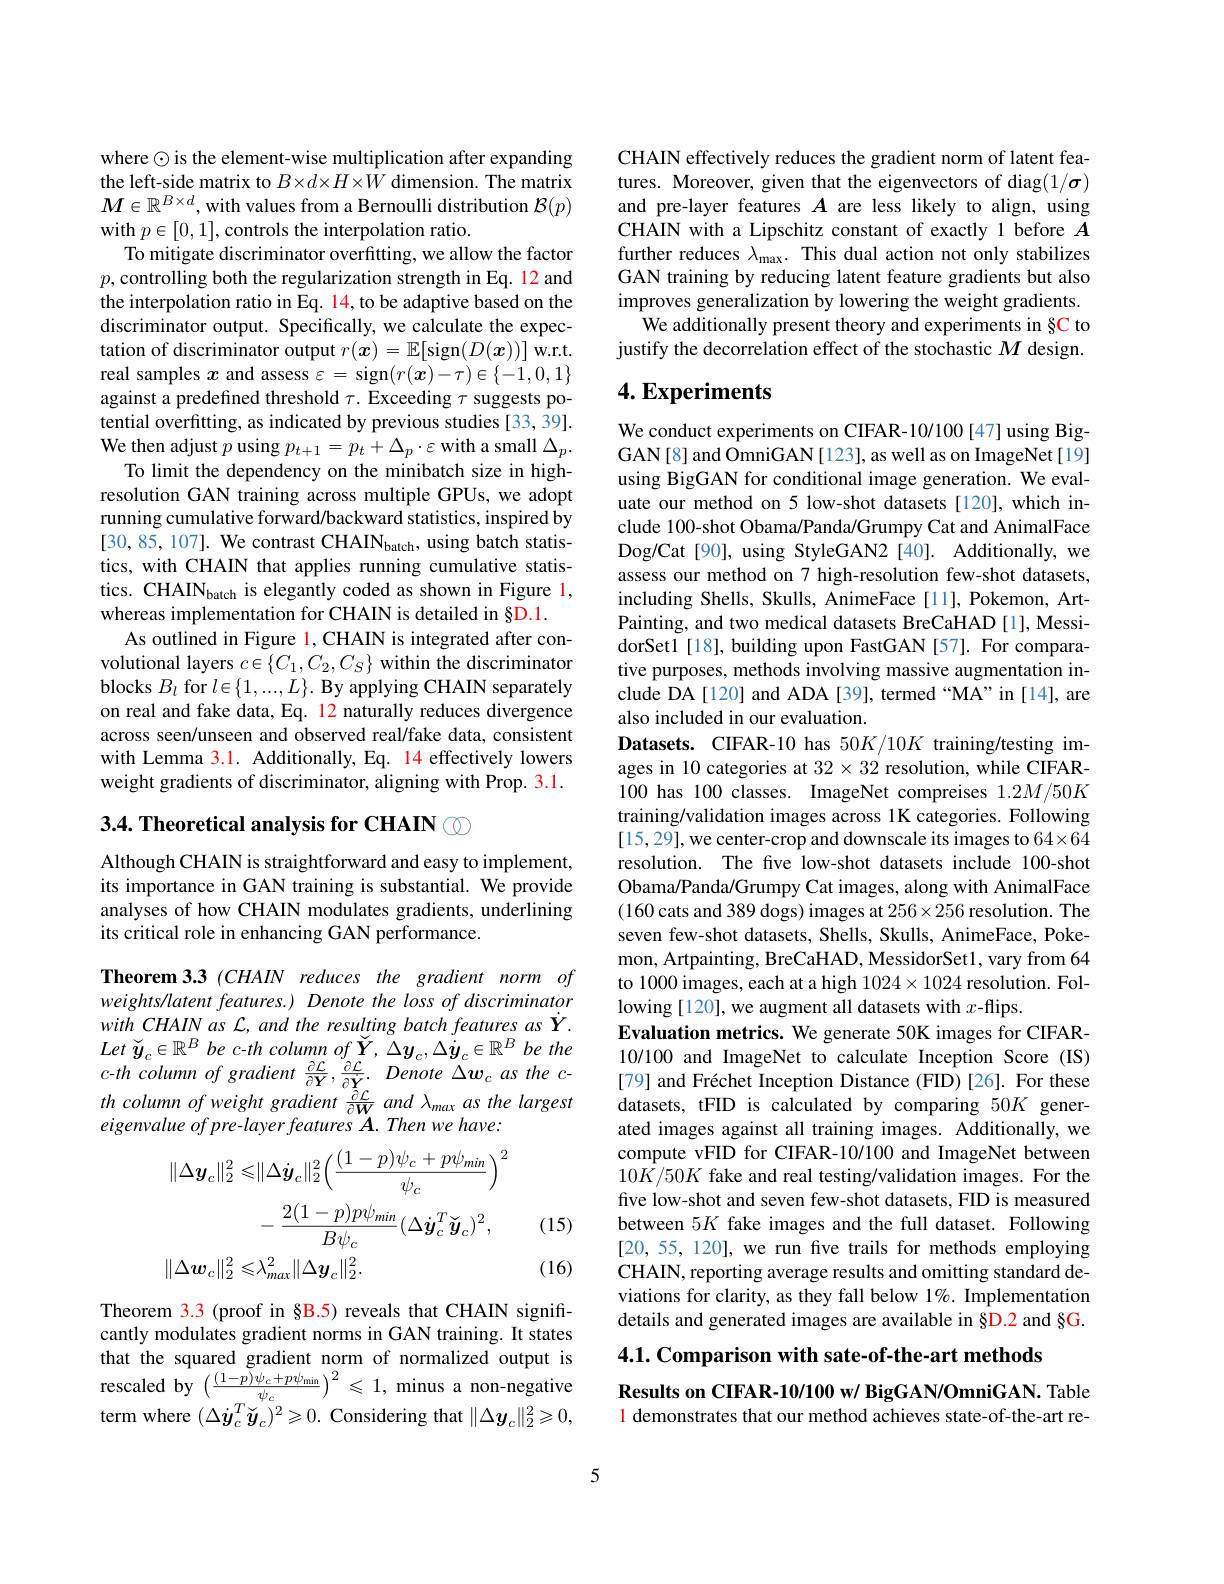
where $\odot$ is the element-wise multiplication after expanding the left-side matrix to $B\times d\times H\times W$ dimension. The matrix $M\in\mathbb{R}^{B\times d}$,with values from a Bernoulli distribution $\mathcal{B}(p)$ with $p\in[0,1]$,controls the interpolation ratio.
To mitigate discriminator overfitting, we allow the factor $p$,controlling both the regularization strength in Eq. 12 and the interpolation ratio in Eq. 14, to be adaptive based on the discriminator output. Specifically, we calculate the expectation of discriminator output $r(\boldsymbol{x})=\mathbb{E}[$sign$(D(\boldsymbol{x}))]$w.r.t. real samples $x$ and assess $\varepsilon=$ sign$(r(\boldsymbol{x})-\tau)\in\{-1,0,1\}$ against a predefined threshold $\tau.$ Exceeding $\tau$ suggests potential overfitting, as indicated by previous studies [33, 39]. We then adjust $p$ using $p_t+1=p_t+\Delta_p\cdot\varepsilon$ with a small $\Delta_p.$
To limit the dependency on the minibatch size in highresolution GAN training across multiple GPUs, we adopt running cumulative forward/backward statistics, inspired by [30,85,107]. We contrast CHAIN$_\text{batch}$, using batch statistics, with CHAIN that applies running cumulative statistics. CHAIN$_\mathrm{batch}$ is elegantly coded as shown in Figure 1, whereas implementation for CHAIN is detailed in §D.1.
As outlined in Figure 1, CHAIN is integrated after convolutional layers $c\in\{C_1,C_2,C_S\}$ within the discriminator blocks $B_l$ for $l\in \{ 1, . . . , L\} . \textbf{ By applying CHAIN separately}$ on real and fake data, Eq. 12 naturally reduces divergence across seen/unseen and observed real/fake data, consistent with Lemma 3.1. Additionally, Eq. 14 effectively lowers weight gradients of discriminator, aligning with Prop. 3.1.

# 3.4. Theoretical analysis for CHAIN $\textcircled{\mathrm{o}}$

Although CHAIN is straightforward and easy to implement, its importance in GAN training is substantial. We provide analyses of how CHAIN modulates gradients, underlining its critical role in enhancing GAN performance.

Theorem 3.3 (CHAIN reduces the gradient norm of

weightsllatent features.) Denote the loss of discriminator $withCHAINas\mathcal{L},and$ the resulting batch features as $\dot{Y}.$ Let $\check{y} _{c}\in \mathbb{R} ^{B}$ $be$ $c- th$ column $of$ $\check{\boldsymbol{Y}} $, $\Delta y_{c}, \Delta \dot{\boldsymbol{y}} _{c}\in \mathbb{R} ^{B}$ $be$ the $c-th$ column of gradient $\frac {\partial \mathcal{L} }{\partial \boldsymbol{Y}}, \frac {\partial \mathcal{L} }{\partial \vec{\boldsymbol{Y}} }.$ Denote $\Delta\boldsymbol w_c$ as the cthcolumnofweight gradient $\frac {\partial \mathcal{L} }{\partial \mathbf{W} }$ and $\lambda _{max}$ $as$ the largesteigenvalue $of$ $pre- layer$ features $A.$ Then $we$ $have:$
$$\begin{aligned}\|\Delta\boldsymbol{y}_{c}\|_{2}^{2}\leqslant&\|\Delta\dot{\boldsymbol{y}}_{c}\|_{2}^{2}\Big(\frac{(1-p)\psi_{c}+p\psi_{min}}{\psi_{c}}\Big)^{2}\\&-\frac{2(1-p)p\psi_{min}}{B\psi_{c}}(\Delta\dot{\boldsymbol{y}}_{c}^{T}\breve{\boldsymbol{y}}_{c})^{2},\\\|\Delta\boldsymbol{w}_{c}\|_{2}^{2}\leqslant&\lambda_{max}^{2}\|\Delta\boldsymbol{y}_{c}\|_{2}^{2}.\end{aligned}$$
(15) (16)

Theorem 3.3 (proof in §B.5) reveals that CHAIN significantly modulates gradient norms in GAN training. It states that the squared gradient norm of normalized output is rescaled by $\left(\frac{(1-p)\psi_{c}+p\psi_{\mathrm{min}}}{\psi_{c}}\right)^{2}\leqslant1$, minus a non-negative term where $(\Delta\dot{y}_{c}^{T}\widetilde{\boldsymbol{y}}_{c})^{2}\geqslant0.$ Considering that $\|\Delta\boldsymbol y_{c}\|_{2}^{2}\geqslant0$,

CHAIN effectively reduces the gradient norm of latent features. Moreover, given that the eigenvectors of diag$(1/\sigma)$ and pre-layer features $A$ are less likely to align, using CHAIN with a Lipschitz constant of exactly 1 before $A$ further reduces $\lambda_\mathrm{max}.$ This dual action not only stabilizes GAN training by reducing latent feature gradients but also improves generalization by lowering the weight gradients.
We additionally present theory and experiments in §C to justify the decorrelation effect of the stochastic $M$ design.

# 4. Experiments

We conduct experiments on CIFAR-10/100[47] using BigGAN[8] and OmniGAN[123], as well as on ImageNet[19] using BigGAN for conditional image generation. We evaluate our method on 5 low-shot datasets [120], which include 100-shot Obama/Panda/Grumpy Cat and AnimalFace Dog/Cat[90], using StyleGAN2[40]. Additionally, we assess our method on 7 high-resolution few-shot datasets, including Shells, Skulls, AnimeFace [11], Pokemon, ArtPainting, and two medical datasets BreCaHAD [1], MessidorSet1[18], building upon FastGAN [57]. For comparative purposes, methods involving massive augmentation include DA[120] and ADA [39], termed “MA” in [14], are also included in our evaluation.
Datasets. CIFAR-10 has 50K/10K training/testing images in 10 categories at $32\times32$ resolution, while CIFAR- 100 has 100 classes. ImageNet compreises 1.2M/50K training/validation images across 1K categories. Following [15,29],we center-crop and downscale its images to 64×64 resolution. The five low-shot datasets include 100-shot Obama/Panda/Grumpy Cat images, along with AnimalFace (160 cats and 389 dogs) images at $256\times256$ resolution. The seven few-shot datasets, Shells, Skulls, AnimeFace, Pokemon, Artpainting, BreCaHAD, MessidorSet1, vary from 64 to 1000 images, each at a high $1024\times1024$ resolution. Following [120], we augment all datasets with $x$-flips.
Evaluation metrics. We generate 50K images for CIFAR- 10/100 and ImageNet to calculate Inception Score (IS) [79] and Fréchet Inception Distance (FID) [26]. For these datasets, tFID is calculated by comparing 50K generated images against all training images. Additionally, we compute vFID for CIFAR-10/100 and ImageNet between $10\bar{K}/50K$ fake and real testing/validation images. For the five low-shot and seven few-shot datasets, FID is measured between $5K$ fake images and the full dataset. Following [20,55, 120], we run five trails for methods employing CHAIN, reporting average results and omitting standard deviations for clarity, as they fall below 1%. Implementation details and generated images are available in §D.2 and §G. 4.1. Comparison with sate-of-the-art methods

Results on CIFAR-10/100 w/ BigGAN/OmniGAN. Table 1 demonstrates that our method achieves state-of-the-art re-

5